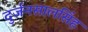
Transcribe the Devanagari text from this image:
दुर्जनसालसिंह